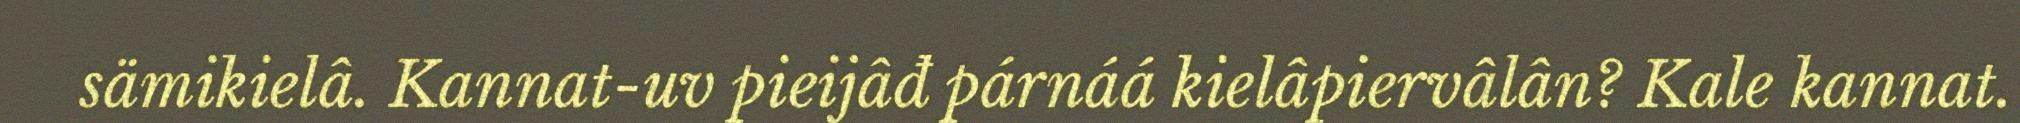
sämikielâ. Kannat-uv pieijâđ párnáá kielâpiervâlân? Kale kannat.